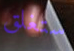
ستغلق